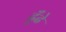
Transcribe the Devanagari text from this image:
ढूँढे